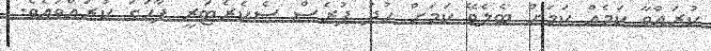
ކުރައްވާ ކަމެއް ކަމަށް ބެލެވޭ ކަމަށް ހުދު ޕުރެސް ސެކެރެޓަރީ ފާހަގަ ކުރައްވައެވެ.